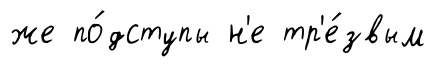
же по́дступы н'е тр'е́звым